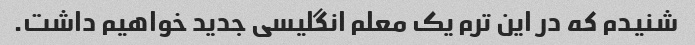
شنیدم که در این ترم یک معلم انگلیسی جدید خواهیم داشت.